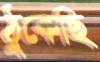
ঠুকেছি